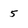
Character: 5